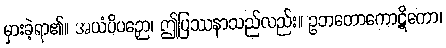
မှားခဲ့ရာ၏။ အယံပိပဉှော၊ ဤပြဿနာသည်လည်း။ ဥဘတောကောဋိကော၊